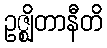
ဥဇ္ဈိတာနီတိ